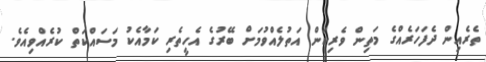
ތެރެއިން ދެފަހަރެއްގެ މަތިން ވެރިކަން އަތުލެއްވުމަށް ބޭރުގެ އެހީތެރި ކަމާއެކު މަސައްކަތް ކުރެއްވިއެވެ.